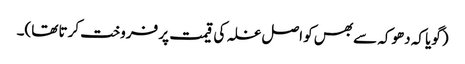
(گویا کہ دھوکہ سے بھس کو اصل غلہ کی قیمت پر فروخت کرتا تھا)۔